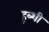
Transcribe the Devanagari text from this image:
ह्ब्शी